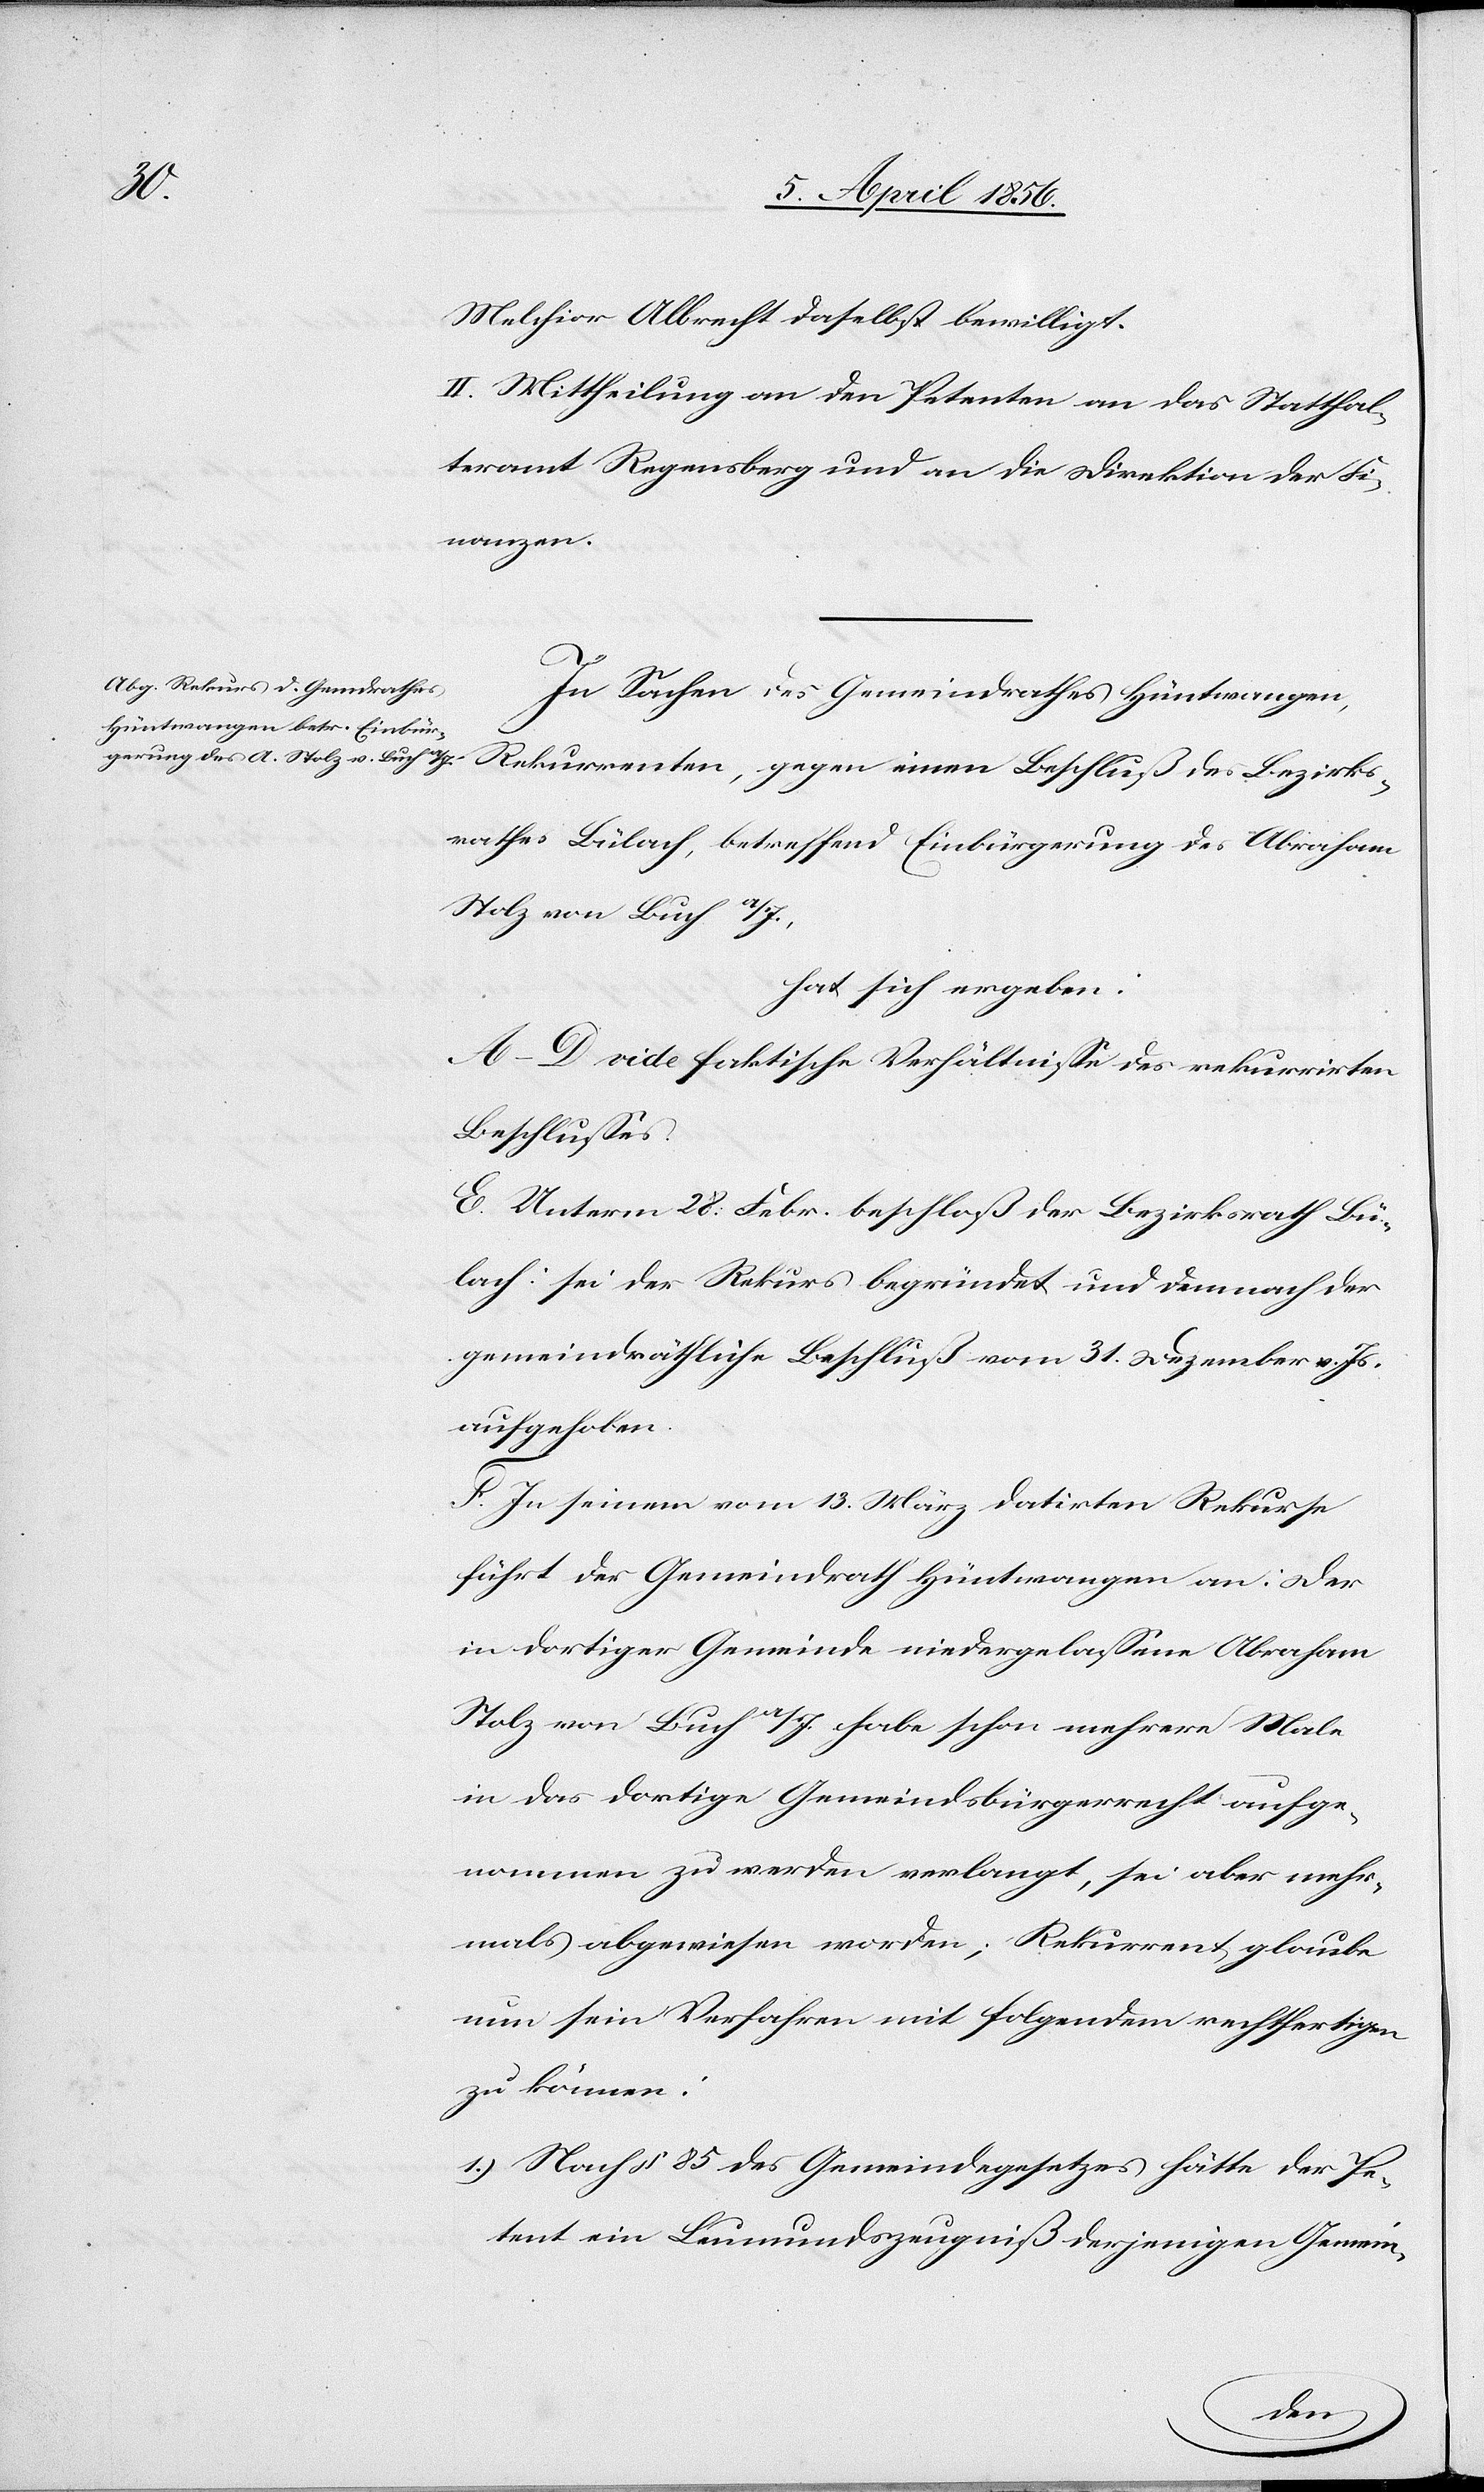
Melchior Albrecht daselbst bewilligt.
II. Mittheilung an den Petenten[,] an das Statthal¬
teramt Regensberg und an die Direktion der Fi¬
nanzen.
In Sachen des Gemeindrathes Hüntwangen,
Rekurrenten, gegen einen Beschluß des Bezirks¬
rathes Bülach, betreffend Einbürgerung des Abraham
Stolz von Buch a/I.,
hat sich ergeben:
A–D[.] vide faktische Verhältnisse des rekurrirten
Beschlusses.
E. Unterm 28. Februar beschloß der Bezirksrath Bü¬
lach: sei der Rekurs begründet und demnach der
gemeindräthliche Beschluß vom 31. Dezember v. Js.
aufgehoben.
F. In seinem vom 13. März datirten Rekurse
führt der Gemeindrath Hüntwangen an: Der
in dortiger Gemeinde niedergelassene Abraham
Stolz von Buch a/I. habe schon mehrere Male
in das dortige Gemeindsbürgerrecht aufge¬
nommen zu werden verlangt, sei aber mehr¬
mals abgewiesen worden; Rekurrent glaube
nun sein Verfahren mit folgendem rechtfertigen
zu können:
1.) Nach § 85 des Gemeindegesetzes hätte der Pe¬
tent ein Leumundszeugniß derjenigen Gemein-